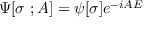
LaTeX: \Psi [ \sigma \ ; A ] = \psi [ \sigma ] e ^ { - i A { \cal E } }